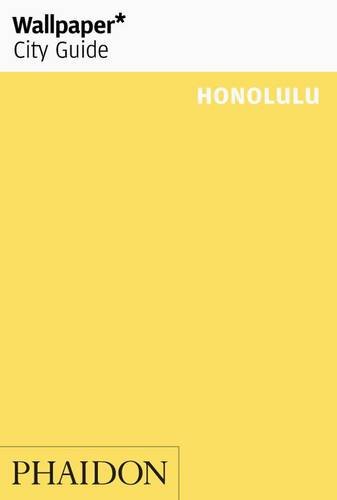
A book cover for Wallpaper City Guide: Honolulu ("Wallpaper*" City Guides) (Wallpaper City Guides); Editors of Wallpaper Magazine; Travel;